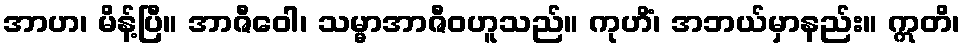
အာဟ၊ မိန့်ပြီ။ အာဇီဝေါ၊ သမ္မာအာဇီဝဟူသည်။ ကုဟိံ၊ အဘယ်မှာနည်း။ ဣတိ၊